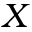
X